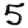
Digit: 5